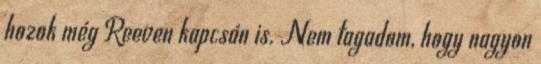
hozok még Reeven kapcsán is. Nem tagadom, hogy nagyon